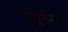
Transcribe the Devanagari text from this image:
धूपा